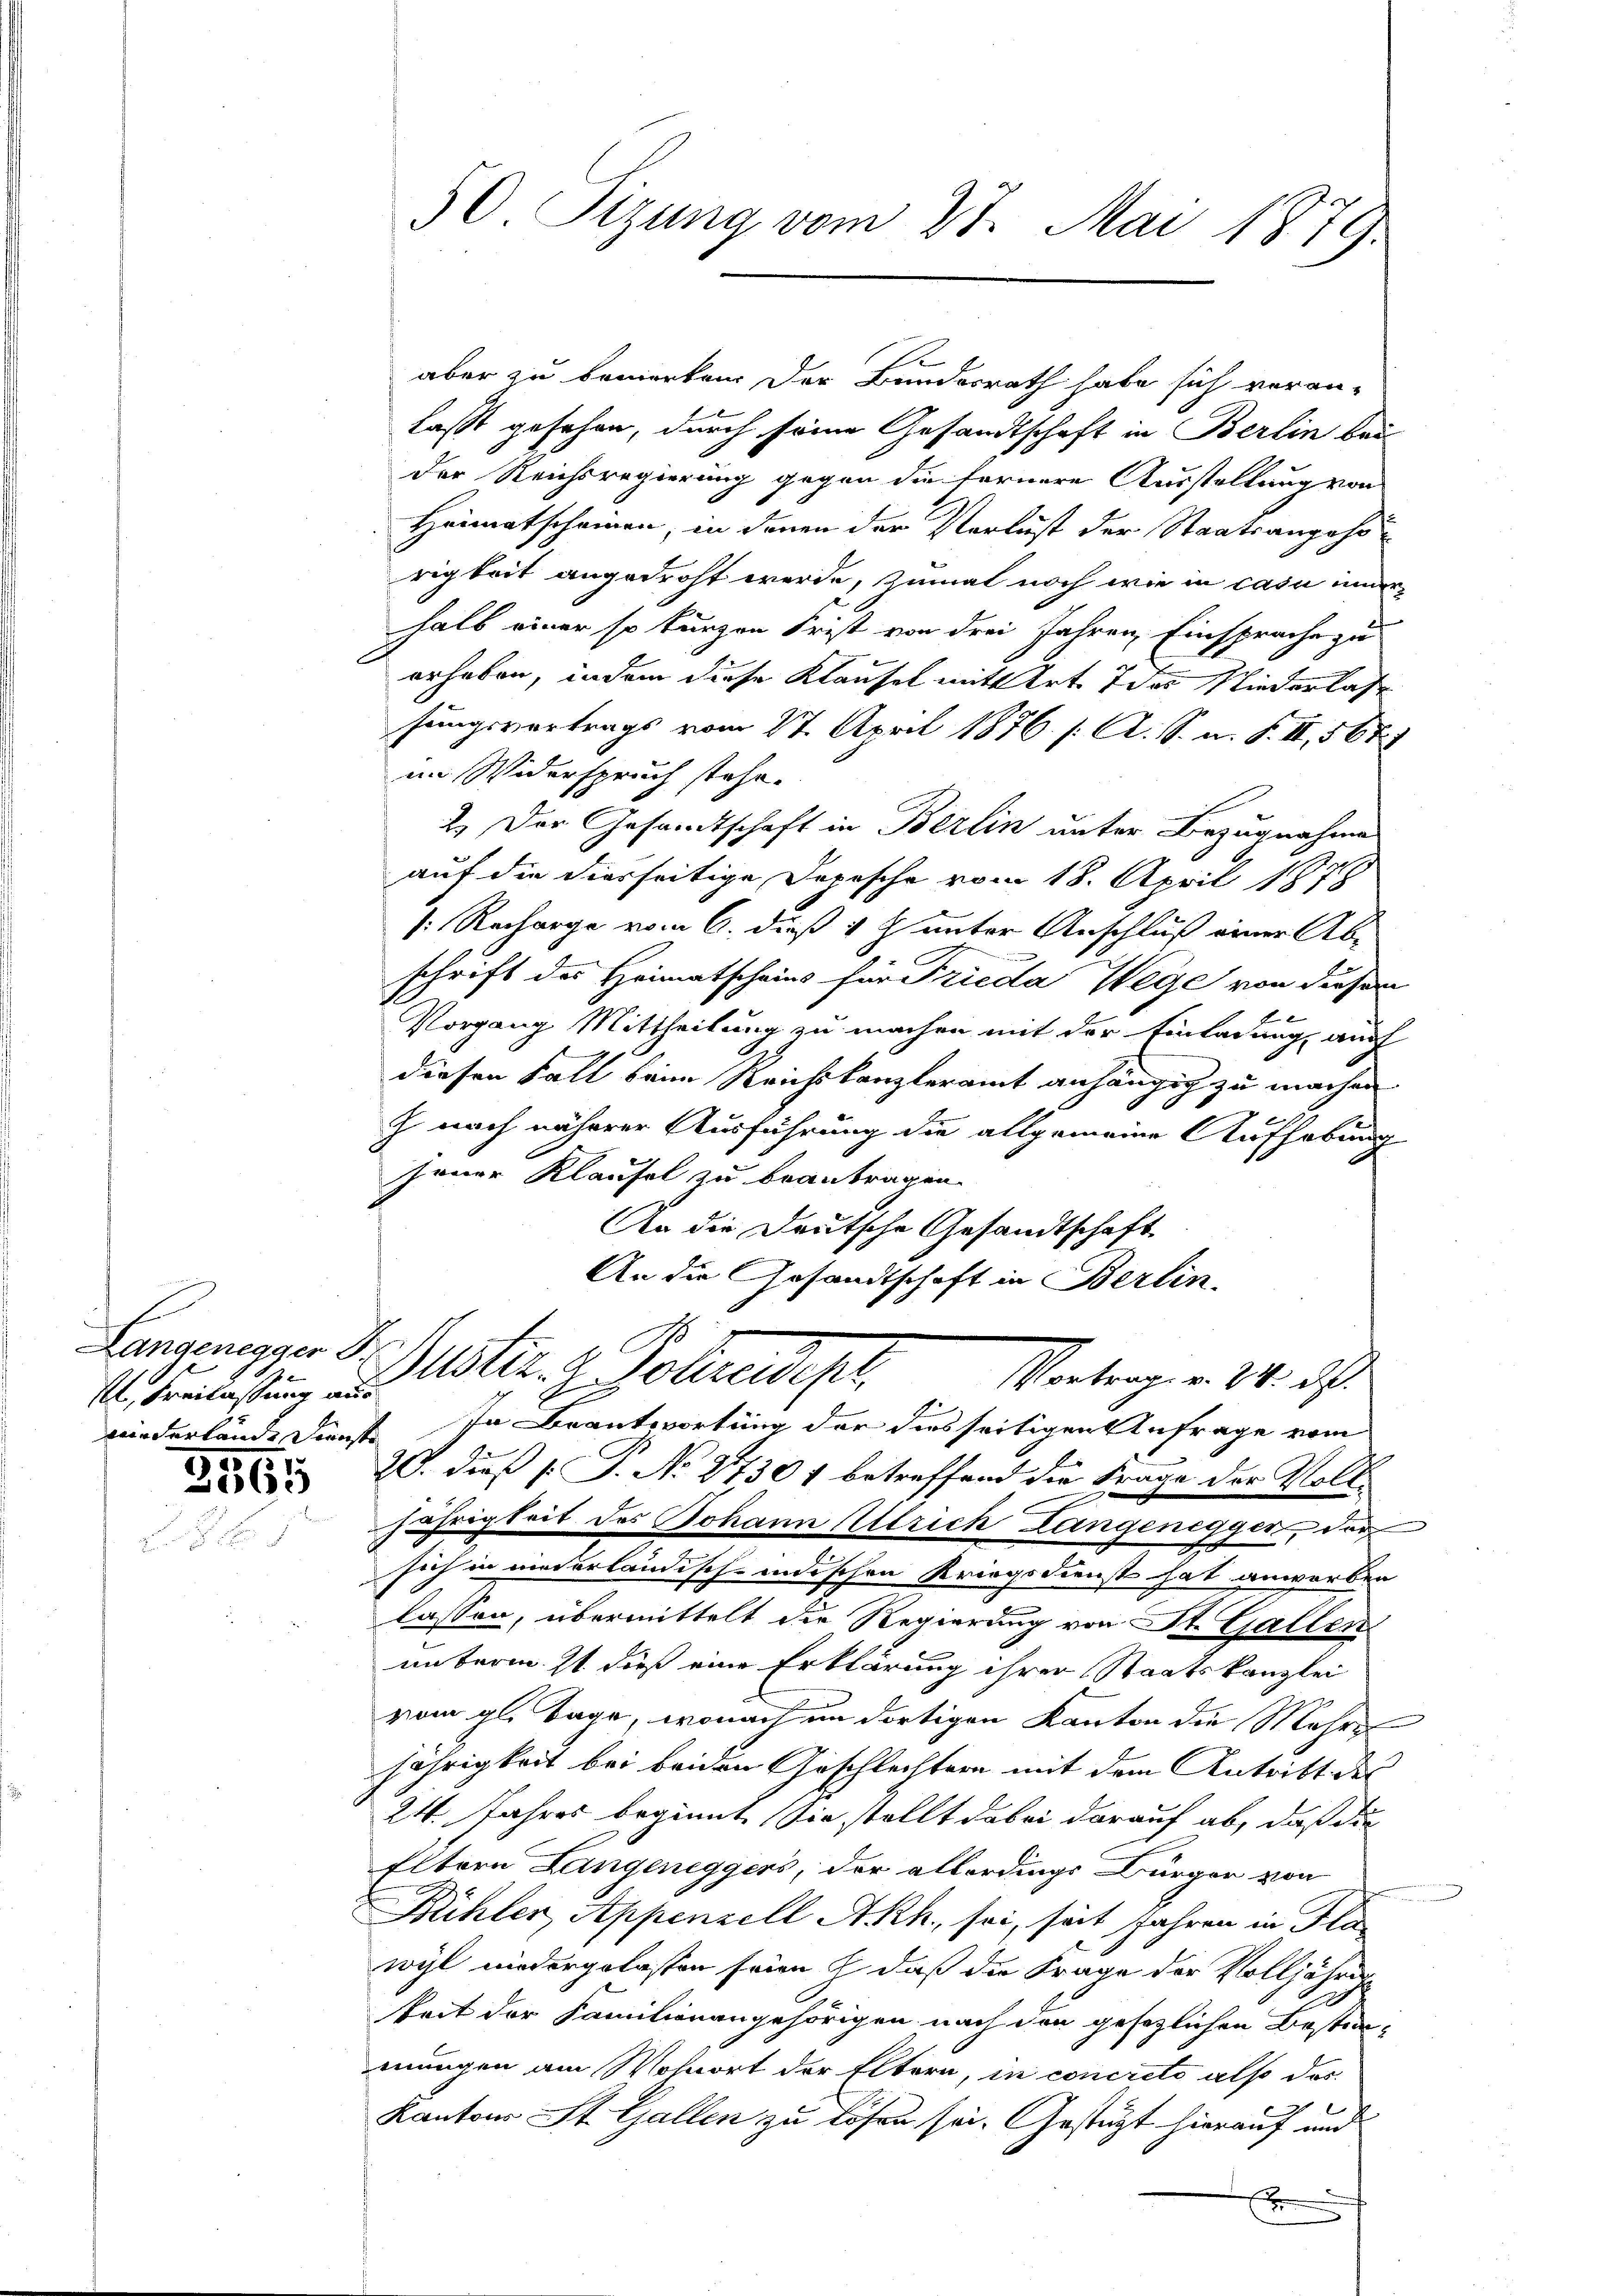
Langenegger 3.
st Freilassung aus

3565

50 Sizung vom 27. Mai 1879.

aber zu bemerken. Der Bundesrath habe sich veran-
laßt gesehen, durch seine Gesandtschaft in Berlin bei
der Reichsregierung gegen die fernere Ausstellung von
Heimatscheinen, in denen der Verlust der Staatsangehö
rigkeit angedroht werde, zumal noch wie in casu inner
halb einer so kurzen Frist von drei Jahren Einsprache zu
erhaben, indem diese Klausel mitt Art. Idas Niederlasse
sungsvertrags vom 27. April 1876. /: A. S. u. S. II, 561
im Widerspruch stehe.
2.) Der Gesandtschaft in Berlin unter Bezugnahme
auf die diesseitige Depesche vom 18. April 1878
[: Recharge vom 6. dieß 1 & unter Anschluß einer Abschrift des Heimatscheins für Frieda Wege von diesem
Vorgang Mittheilung zu machen mit der Einladung auf
diesen Fall beim Reichskanzleramt anhängig zu machen
J noch näherer Ausführung die allgemeine Aufhebung
Jener Klaufel zu beantragen.
An die Deutsche Gesandtschaft
An die Gesandtschaft in Berlin.
Puster z. Sohnediger
Vortrag v. M. das
wiederlände Dienst. In Beantwortung der diesseitigen Anfrage vom
20. dieß P. No 27301 betreffend die Frage der Voll-
jährigkeit des Johann Allrich Langenegger, der
sich in niederländisch-indischen Kriegsdienst hat anwerben
lassen, übermittelt die Regierung von St. Gallen
unterm 21. dieß eine Erklärung ihrer Staatskanzlei
vom gl. Tage, wonach im dortigen Kanton die Mehre
jährigkeit bei beiden Geschlechtern mit dem Antritt des
24. Jahres beginnt. Sie stellt dabei darauf ab, daß die
Eltern Langeneggers, der allerdings Bürger von
Rihler, Appenzell A.Rh., sei, seit Jahren in Fla
wyl niedergelassen seien, daß die Frage der Volljähren
keit der Familienangehörigen nach den gesezlichen Bestimungen am Wohnort der Eltern, in concreto also das
Kantons St. Gallen zu lösen sei. Gestützt hierauf und
.